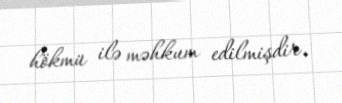
hökmü ilə məhkum edilmişdir.